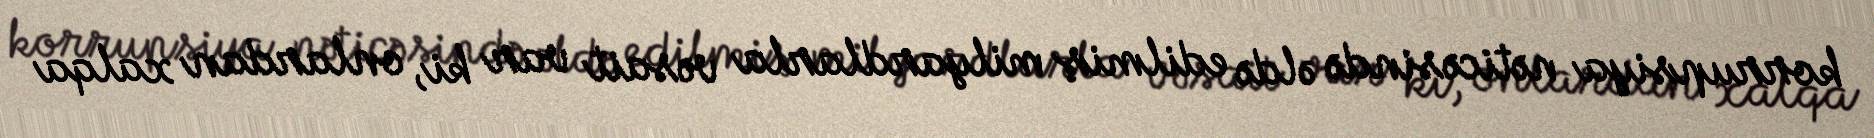
korrupsiya nəticəsində əldə edilmiş milyardlarla vəsait var ki, onlardan xalqa